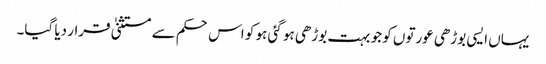
یہاں ایسی بوڑھی عورتوں کو جو بہت بوڑھی ہو گئی ہو کو اس حکم سے مستثنیٰ قرار دیا گیا۔